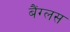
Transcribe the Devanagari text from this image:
बैंग्लस